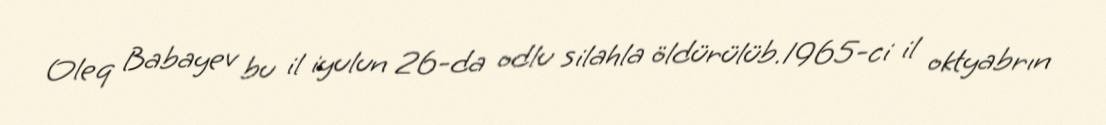
Oleq Babayev bu il iyulun 26-da odlu silahla öldürülüb.1965-ci il oktyabrın